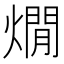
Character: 燗